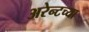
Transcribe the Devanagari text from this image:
अरेन्टच्या